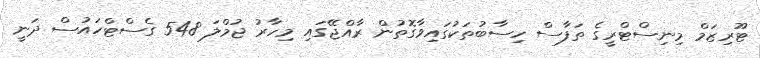
ޓޫރިޒަމް މިނިސްޓްރީގެ ތަފާސް ހިސާބުތަކުގައިވާގޮތުން ރާއްޖޭގައި މިހާރު ޖުމްލަ 548 ގެސްޓްހައުސް ދަނީ